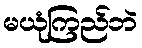
မယုံကြည်ဘဲ